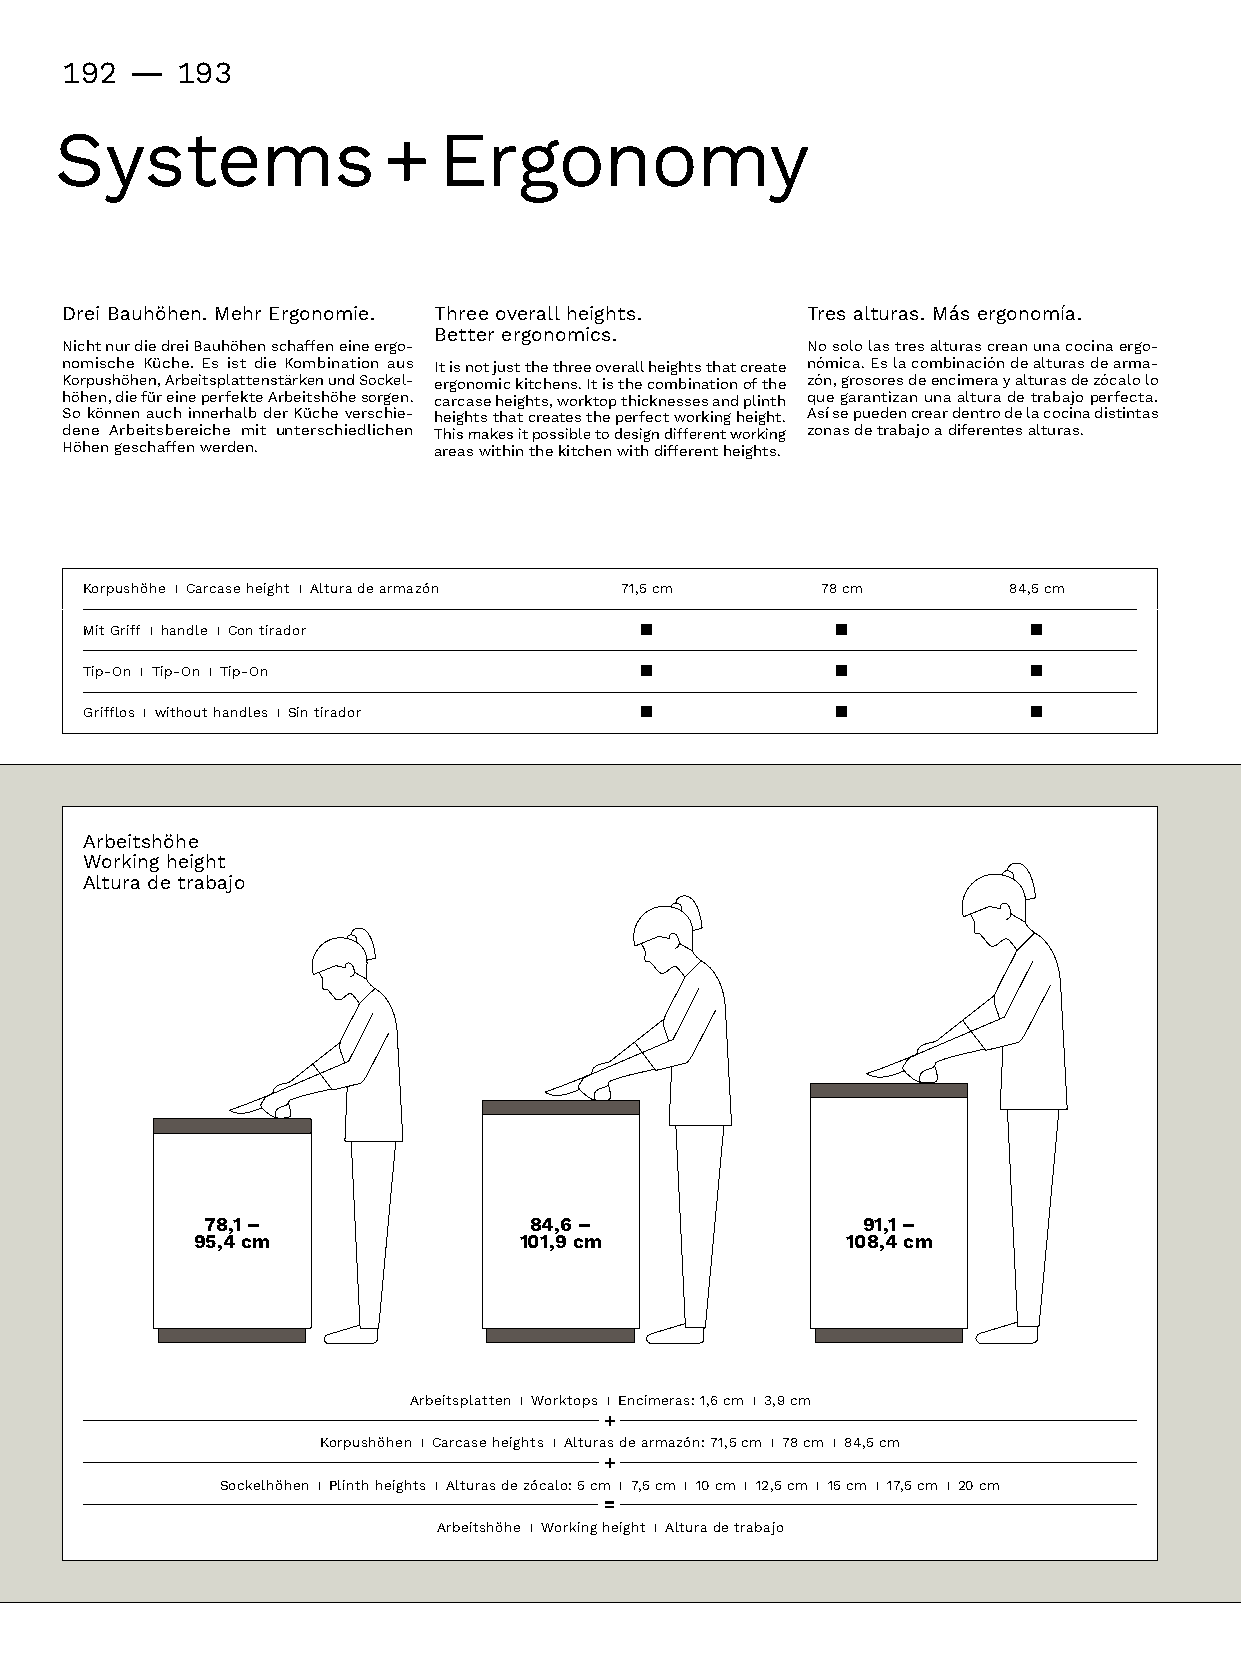
192 -   193
 Systems              +   Ergonomy
 DreiBauhöhen.MehrErgonomie. Threeoverallheights. Tresalturas.Másergonomía.
 Betterergonomics.
 NichtnurdiedreiBauhöhenschaffeneineergo-  Nosololastresalturascreanunacocinaergo-
 nomischeKüche.EsistdieKombinationaus It is not just the three overall heights that create nómica.Eslacombinacióndealturasdearma-
 Korpushöhen,ArbeitsplattenstärkenundSockel- ergonomickitchens.Itisthecombinationofthe zón,grosoresdeencimerayalturasdezócalolo
 höhen,diefüreineperfekteArbeitshöhesorgen. carcaseheights,worktopthicknessesandplinth quegarantizanunaalturadetrabajoperfecta. 
 SokönnenauchinnerhalbderKücheverschie- heightsthatcreatestheperfectworkingheight. Asísepuedencreardentrodelacocinadistintas
 deneArbeitsbereichemitunterschiedlichen Thismakesitpossibletodesigndifferentworking zonasdetrabajoadiferentesalturas.
 Höhengeschaffenwerden. areaswithinthekitchenwithdifferentheights.
 Korpushöhe I Carcase height I Alturadearmazón 71,5cm 78 cm 84,5cm
 MitGriff I handle I Con tirador
 Tip-On I Tip-On I Tip-On
 Grifflos I without handles I Sin tirador
 Arbeitshöhe
 Working height
 Alturadetrabajo
 78,1 –                84,6 –                91,1 –
 95,4 cm              101,9 cm              108,4 cm
 Arbeitsplatten I Worktops I Encimeras:1,6cm I 3,9cm
 +
 Korpushöhen I Carcase heights I Alturasdearmazón:71,5cm I 78 cm I 84,5cm
 +
 Sockelhöhen I Plinth heights I Alturasdezócalo:5cm I 7,5cm I 10 cm I 12,5cm I 15 cm I 17,5cm I 20 cm
 =
 Arbeitshöhe I Working height I Alturadetrabajo